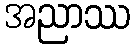
အညာဿ